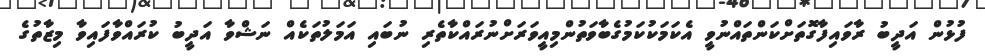
ފުޅުން އަދީބު ރާވައިފާގޮތަށްކަންތައްނުވީ އެކަމަކުކަމުގެބާވަތުންމިއީވަރަށްނުރައްކާތެރި ނުބައި އަމަލުތަކެއް ނަޝްވާ އަދީބު ކުރައްވާފައިވާ މިޒާތުގެ